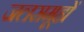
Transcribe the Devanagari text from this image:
जलसमूहों